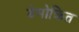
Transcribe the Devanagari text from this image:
डेमोक्रित